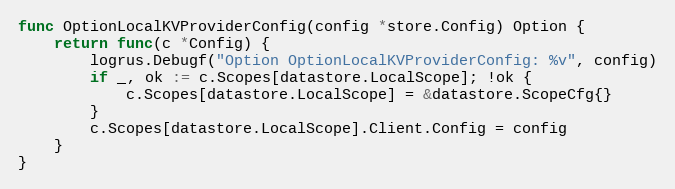
Language: Go
func OptionLocalKVProviderConfig(config *store.Config) Option {
	return func(c *Config) {
		logrus.Debugf("Option OptionLocalKVProviderConfig: %v", config)
		if _, ok := c.Scopes[datastore.LocalScope]; !ok {
			c.Scopes[datastore.LocalScope] = &datastore.ScopeCfg{}
		}
		c.Scopes[datastore.LocalScope].Client.Config = config
	}
}